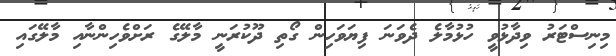
މިނިސްޓަރު ވިދާޅުވީ ހުޅުމާލެ ދެވަނަ ފިޔަވަހިން ގޯތި ދޫކުރަނީ މާލޭގެ ރަށްވެހިންނާއި މާލޭގައި